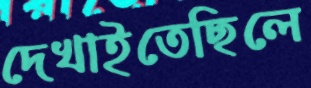
দেখাইতেছিলে